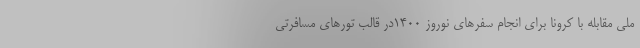
ملی مقابله با کرونا برای انجام سفرهای نوروز ۱۴۰۰در قالب تورهای مسافرتی